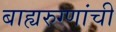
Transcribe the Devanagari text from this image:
बाह्यरुग्णांची